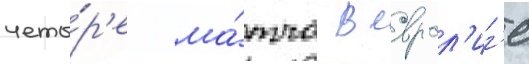
четы́р'е ма́тча в еврол'иг'е